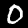
Digit: 0